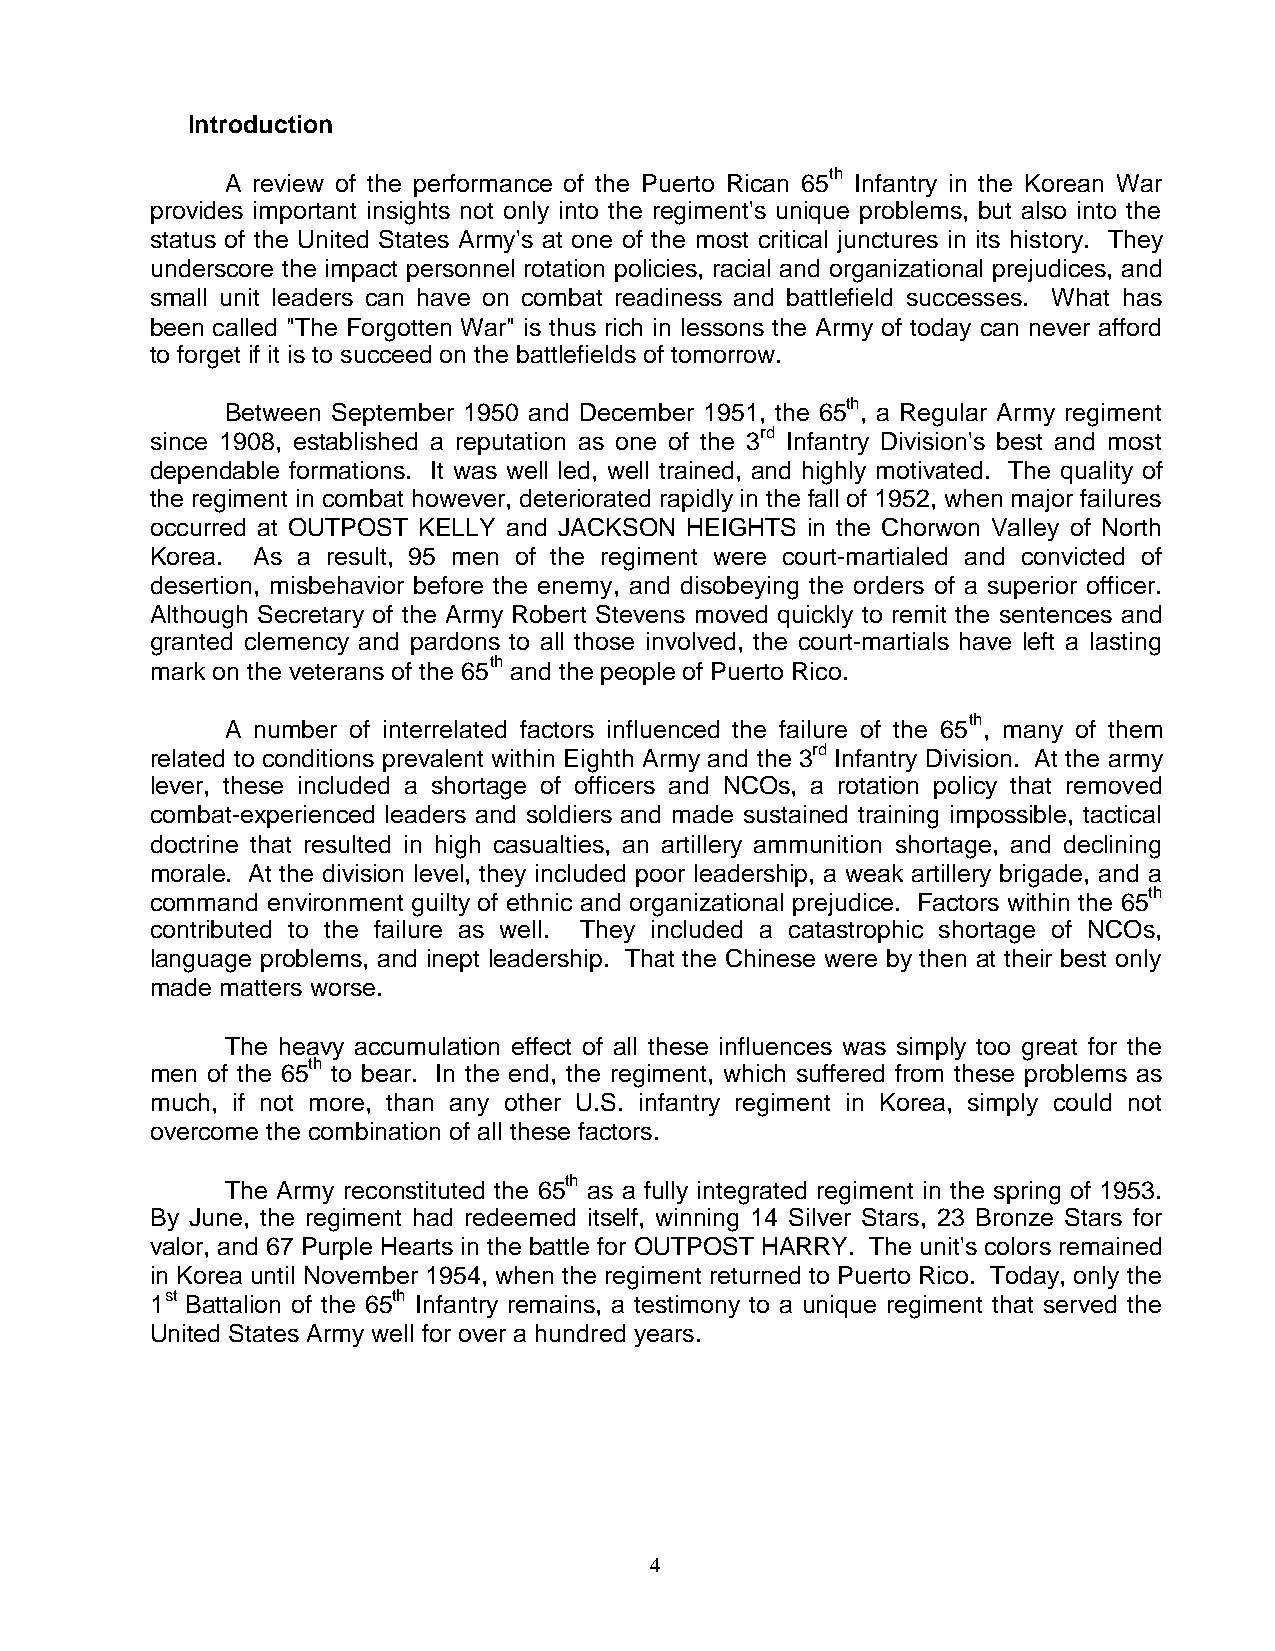
Introduction
 A review of the performance of the Puerto Rican 65th Infantry in the Korean War
 provides important insights not only into the regiment's unique problems, but also into the
 status of the United States Army's at one of the most critical junctures in its history. They
 underscore the impact personnel rotation policies, racial and organizational prejudices, and
 small unit leaders can have on combat readiness and battlefield successes. What has
 been called "The Forgotten War" is thus rich in lessons the Army of today can never afford
 to forget if it is to succeed on the battlefields of tomorrow.
 Between September 1950 and December 1951, the 65th, a Regular Army regiment
 since 1908, established a reputation as one of the 3rd Infantry Division's best and most
 dependable formations. It was well led, well trained, and highly motivated. The quality of
 the regiment in combat however, deteriorated rapidly in the fall of 1952, when major failures
 occurred at OUTPOST KELLY and JACKSON HEIGHTS in the Chorwon Valley of North
 Korea. As a result, 95 men of the regiment were court-martialed and convicted of
 desertion, misbehavior before the enemy, and disobeying the orders of a superior officer.
 Although Secretary of the Army Robert Stevens moved quickly to remit the sentences and
 granted clemency and pardons to all those involved, the court-martials have left a lasting
 mark on the veterans of the 65th and the people of Puerto Rico.
 A number of interrelated factors influenced the failure of the 65th, many of them
 related to conditions prevalent within Eighth Army and the 3rd Infantry Division. At the army
 lever, these included a shortage of officers and NCOs, a rotation policy that removed
 combat-experienced leaders and soldiers and made sustained training impossible, tactical
 doctrine that resulted in high casualties, an artillery ammunition shortage, and declining
 morale. At the division level, they included poor leadership, a weak artillery brigade, and a
 command environment guilty of ethnic and organizational prejudice. Factors within the 65th
 contributed to the failure as well. They included a catastrophic shortage of NCOs,
 language problems, and inept leadership. That the Chinese were by then at their best only
 made matters worse.
 The heavy accumulation effect of all these influences was simply too great for the
 men of the 65th to bear. In the end, the regiment, which suffered from these problems as
 much, if not more, than any other U.S. infantry regiment in Korea, simply could not
 overcome the combination of all these factors.
 The Army reconstituted the 65th as a fully integrated regiment in the spring of 1953.
 By June, the regiment had redeemed itself, winning 14 Silver Stars, 23 Bronze Stars for
 valor, and 67 Purple Hearts in the battle for OUTPOST HARRY. The unit's colors remained
 in Korea until November 1954, when the regiment returned to Puerto Rico. Today, only the
 1st Battalion of the 65th Infantry remains, a testimony to a unique regiment that served the
 United States Army well for over a hundred years.
 4